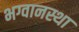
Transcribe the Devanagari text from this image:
भग्वानस्था